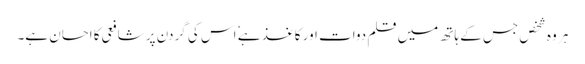
ہر وہ شخص جس کے ہاتھ میں قلم دوات اور کاغذ ہے ٗ اس کی گردن پر شافعی کا احسان ہے۔